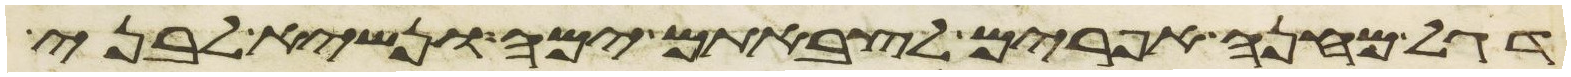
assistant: דגל מחנה אפרים לצבאתם ימה ונשיא לבני